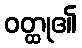
ဝတ္ထု၏